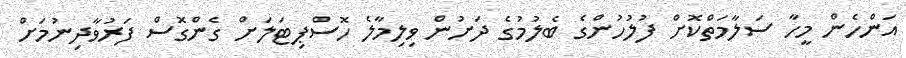
އަންހެން މީހާ ސަލާމަތްކޮށް ފުލުހުންގެ ބެލުމުގެ ދަށުން ވިލިމާލެ ހޮސްޕިޓަލަށް ގެންގޮސް ފަރުވާދިނުމަށް